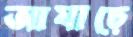
আষাঢ়ে